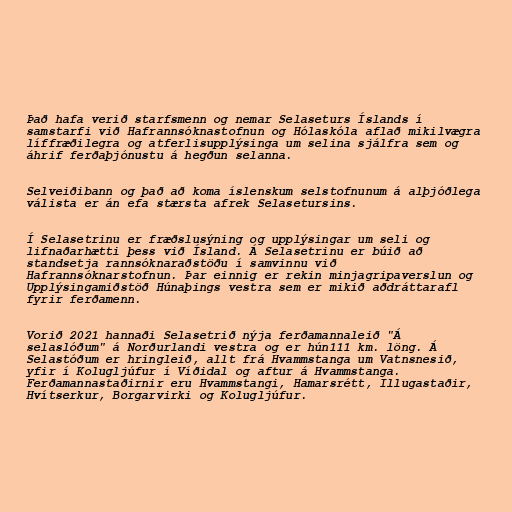
Það hafa verið starfsmenn og nemar Selaseturs Íslands í
samstarfi við Hafrannsóknastofnun og Hólaskóla aflað mikilvægra
líffræðilegra og atferlisupplýsinga um selina sjálfra sem og
áhrif ferðaþjónustu á hegðun selanna.

Selveiðibann og það að koma íslenskum selstofnunum á alþjóðlega
válista er án efa stærsta afrek Selasetursins.

Í Selasetrinu er fræðslusýning og upplýsingar um seli og
lifnaðarhætti þess við Ísland. Á Selasetrinu er búið að
standsetja rannsóknaraðstöðu í samvinnu við
Hafrannsóknarstofnun. Þar einnig er rekin minjagripaverslun og
Upplýsingamiðstöð Húnaþings vestra sem er mikið aðdráttarafl
fyrir ferðamenn.

Vorið 2021 hannaði Selasetrið nýja ferðamannaleið "Á
selaslóðum" á Norðurlandi vestra og er hún111 km. löng. Á
Selastóðum er hringleið, allt frá Hvammstanga um Vatnsnesið,
yfir í Kolugljúfur í Víðidal og aftur á Hvammstanga.
Ferðamannastaðirnir eru Hvammstangi, Hamarsrétt, Illugastaðir,
Hvítserkur, Borgarvirki og Kolugljúfur.